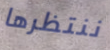
ننتظرها